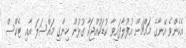
އެހެންވެ އޭނާގެ މައްޗަށް އުފުލާފައިވާ ކުޑަކުއްޖަކާ ގުޅުން ހިންގި މައްސަލަ އާއި ޓެކްސް